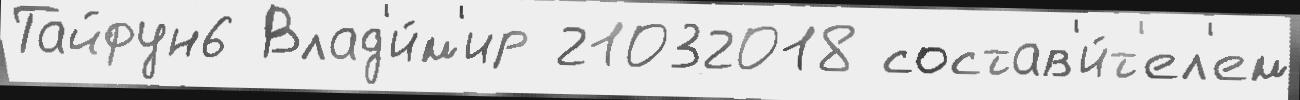
Тайфун6 Влад'и́м'ир 21032018 состав'и́т'ел'ем